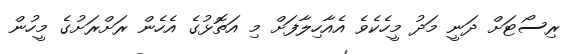
ރިސޯޓަށް ދަނީ މަދު މީހެކެވެ އެއާހިލާފަށް މި އަތޮޅުގެ އެހެން ރަށްރަށުގެ މީހުން